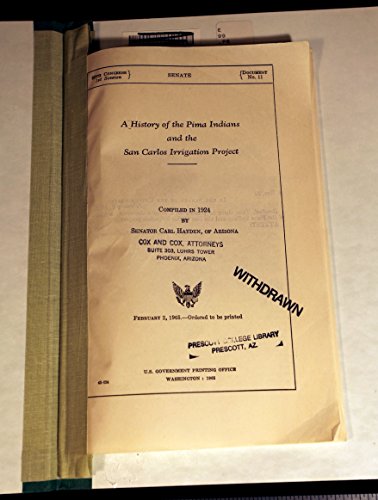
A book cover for History Of The Pima Indians And The San Carlos Irrigation Project - Document No. 11, 89th Congress, 1st Session; Senator Carl, of Arizona Compiled in 1924 by Hayden; Science & Math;